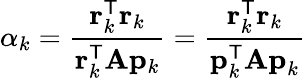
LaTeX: \alpha_{k}={\frac{\mathbf{r}_{k}^{\mathsf{T}}\mathbf{r}_{k}}{\mathbf{r}_{k}^{\mathsf{T}}\mathbf{A}\mathbf{p}_{k}}}={\frac{\mathbf{r}_{k}^{\mathsf{T}}\mathbf{r}_{k}}{\mathbf{p}_{k}^{\mathsf{T}}\mathbf{Ap}_{k}}}